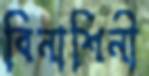
বিনাশিনী